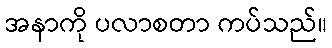
အနာကို ပလာစတာ ကပ်သည်။